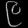
Digit: ၉